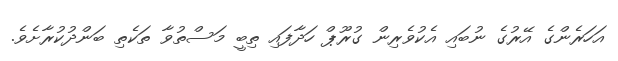
އަހަރެންގެ އޭރުގެ ނުބައި އެކުވެރިން ގުރޫޕް ހަދާފައި ތިބީ މަސްތުވާ ތަކެތި ބަންދުކުރާށެވެ.